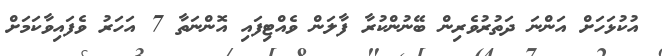
އުކުޅަހަށް އަންނަ ދަތުރުވެރިން ބޭނުންކުރާ ފާލަން ވެއްޓިފައި އޮންނަތާ 7 އަހަރު ވެފައިވާކަމަށް